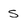
Character: s